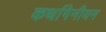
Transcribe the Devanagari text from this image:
कर्थागेनीयन